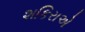
શકિરાએ